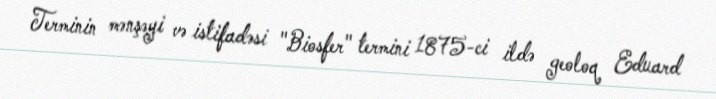
Terminin mənşəyi və istifadəsi "Biosfer" termini 1875-ci ildə geoloq Eduard